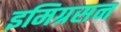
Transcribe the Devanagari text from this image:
इमिग्रसन